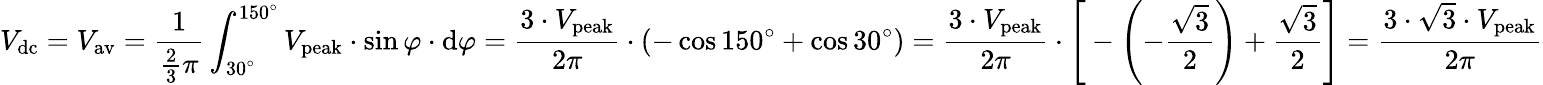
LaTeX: V_{\mathrm{dc}}=V_{\mathrm{av}}={\frac{1}{{\frac{2}{3}}\pi}}\int_{30^{\circ}}^{150^{\circ}}V_{\mathrm{peak}}\cdot\sin\varphi\cdot\mathrm{d}\varphi={\frac{3\cdot V_{\mathrm{peak}}}{2\pi}}\cdot\left(-\cos 150^{\circ}+\cos 30^{\circ}\right)={\frac{3\cdot V_{\mathrm{peak}}}{2\pi}}\cdot{\Biggl[}-\left(-{\frac{\sqrt{3}}{2}}\right)+{\frac{\sqrt{3}}{2}}{\Biggl]}={\frac{3\cdot{\sqrt{3}}\cdot V_{\mathrm{peak}}}{2\pi}}